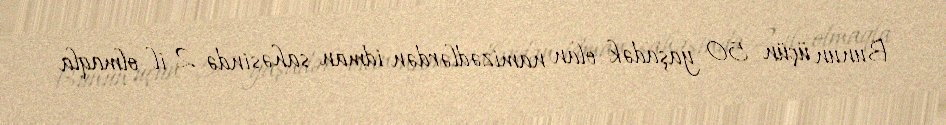
Bunun üçün 50 yaşadək olan namizədlərdən idman sahəsində 2 il olmaqla